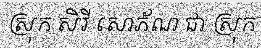
ស្រុក សិរី សោភ័ណ ជា ស្រុក